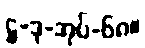
ဋ္ဌ-ဒု-အုပ်-၆၈။